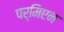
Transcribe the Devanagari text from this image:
पर्मिएन